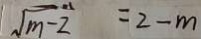
\sqrt { m - 2 } = 2 - m